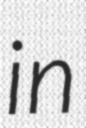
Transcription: in